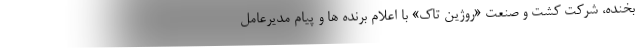
بخنده، شرکت کشت و صنعت «روژین تاک» با اعلام برنده ها و پیام مدیرعامل